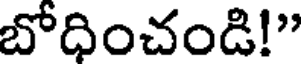
బోధించండి!"